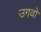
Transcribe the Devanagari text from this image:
उगवो